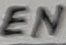
Text: EN